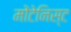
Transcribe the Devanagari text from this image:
मोंटेनिस्ट